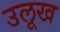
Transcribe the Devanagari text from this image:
उलूख